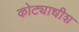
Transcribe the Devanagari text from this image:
कोट्याधीश